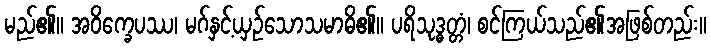
မည်၏။ အဝိက္ခေပဿ၊ မဂ်နှင့်ယှဉ်သောသမာဓိ၏။ ပရိသုဒ္ဓတ္တံ၊ စင်ကြယ်သည်၏အဖြစ်တည်း။